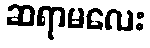
ဆရာမလေး